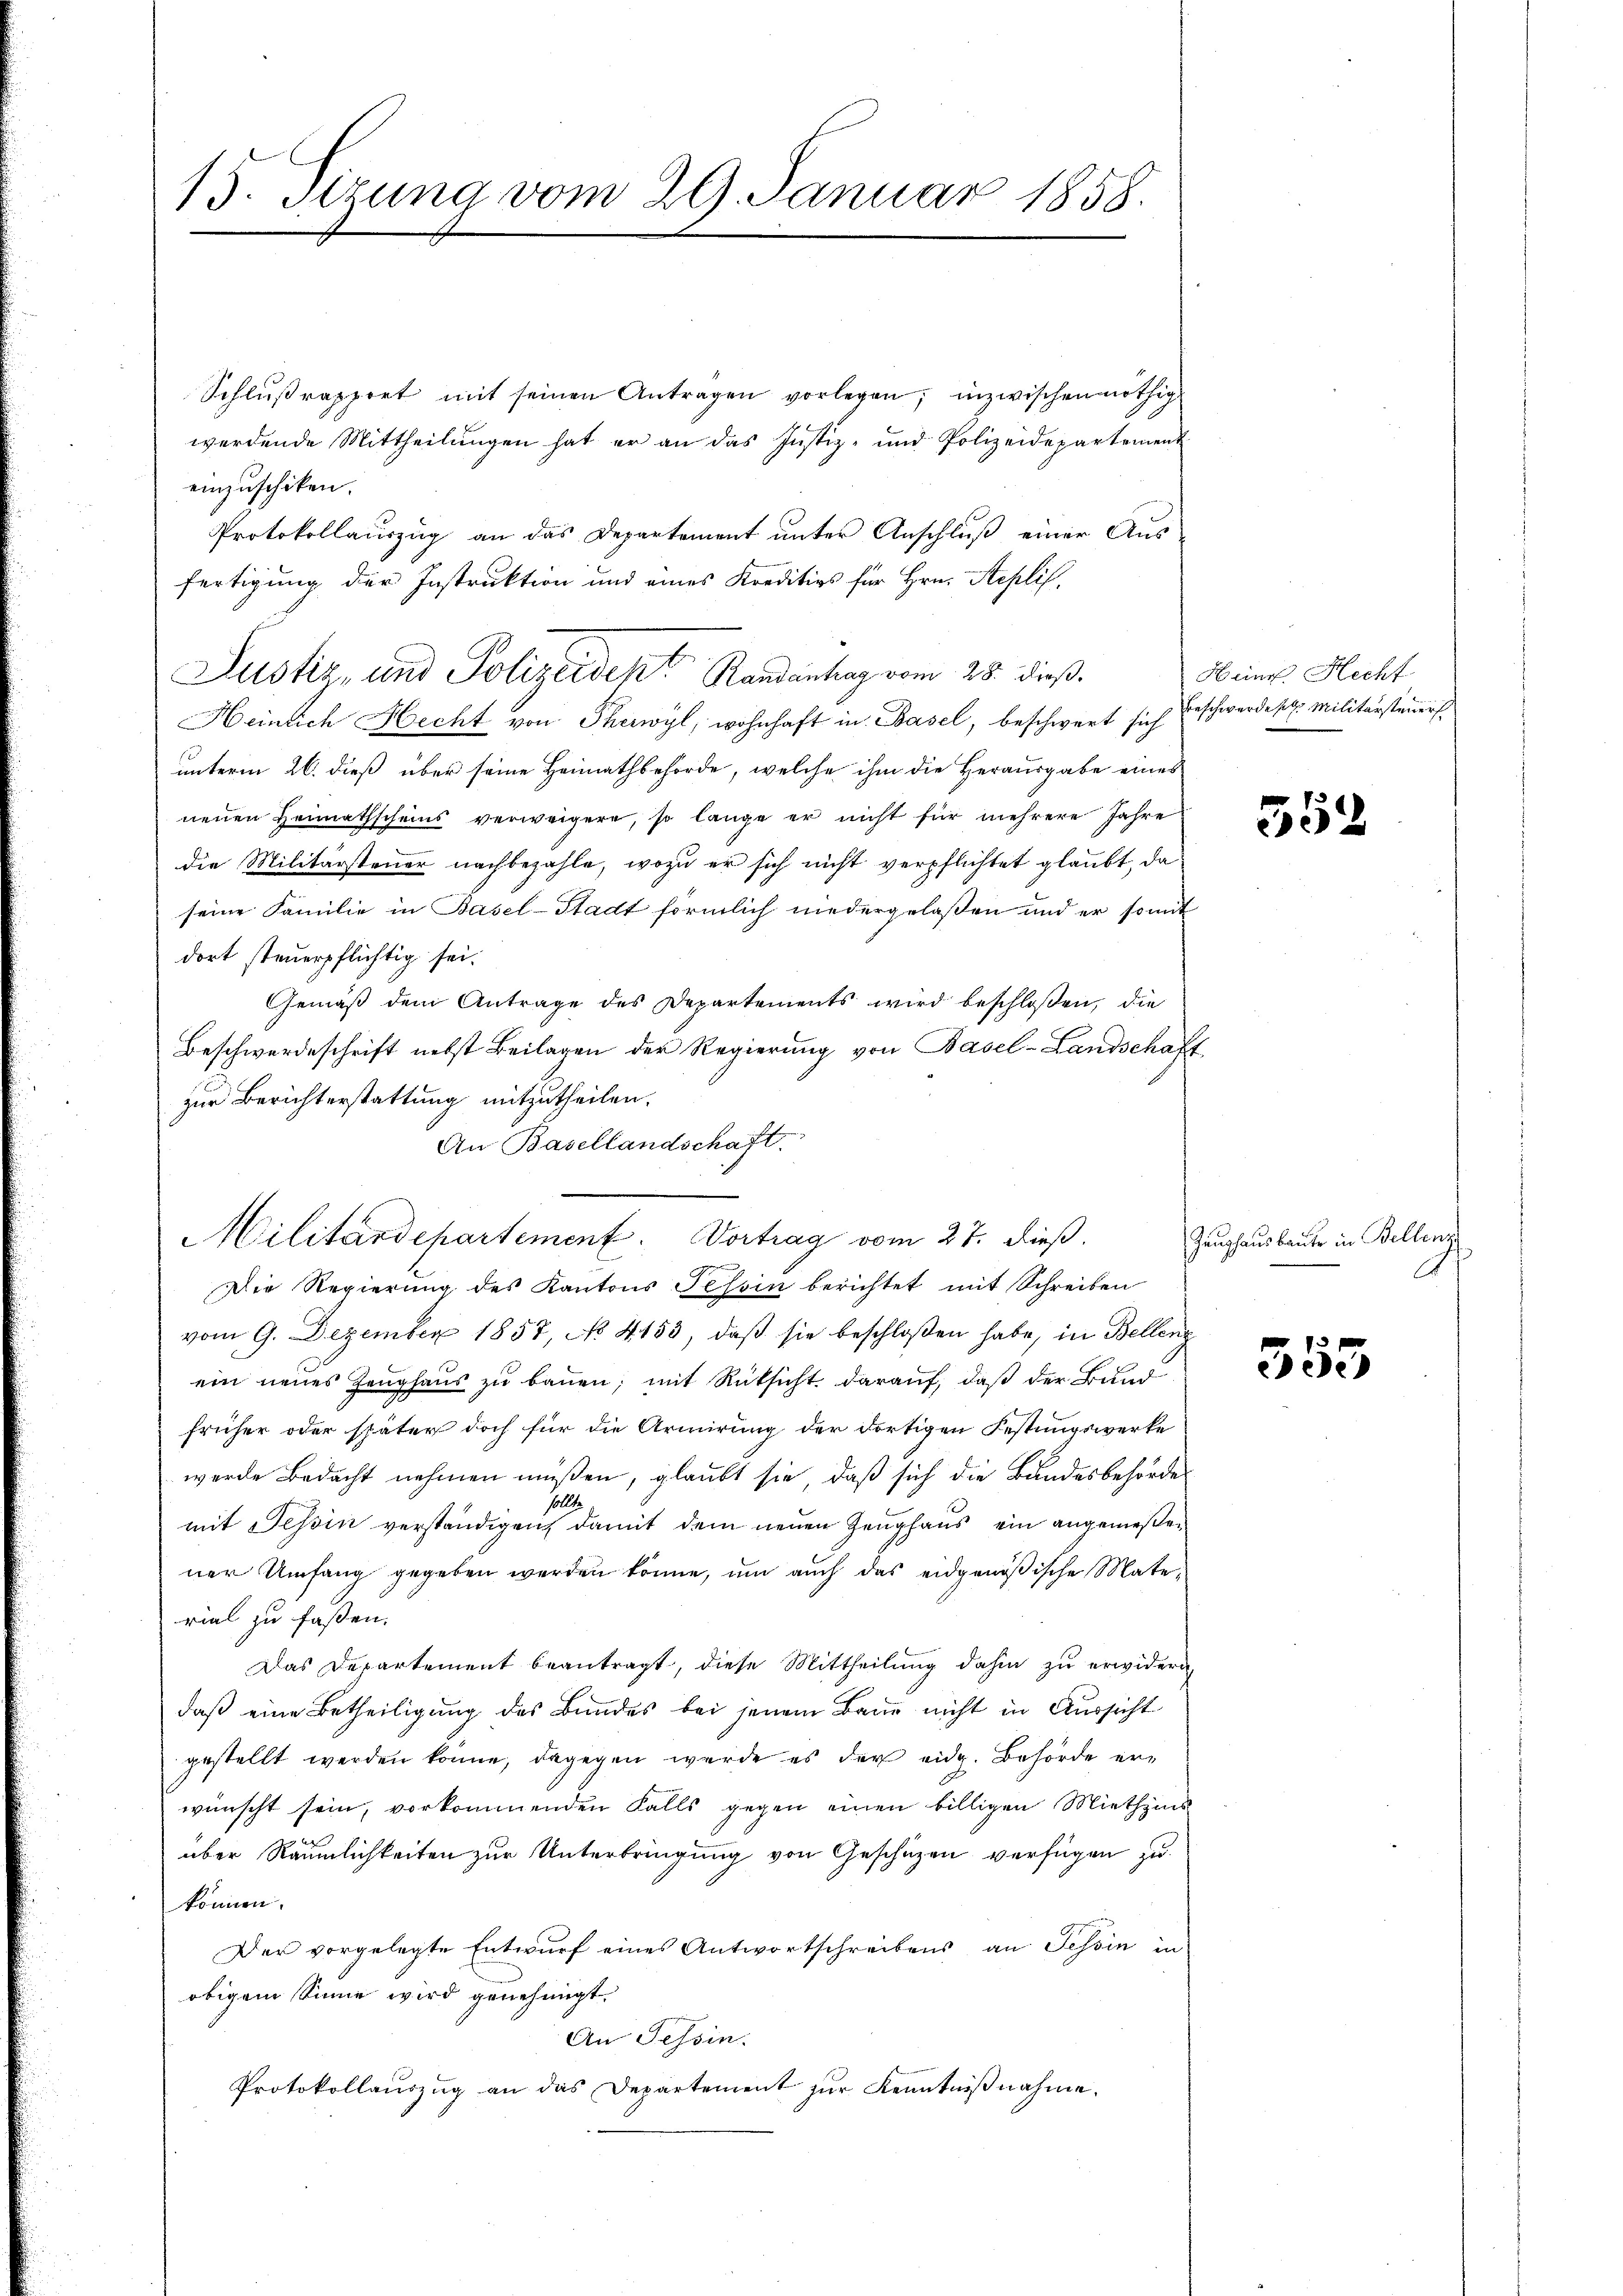
Schlŭβrapport mit seinen Antragen vorlegen; inzwischen nöthig
werdende Mittheilungen hat er an das Justiz- und Polizeidepartement
einzuschiken.
Protokollauszug an das Departement unter Anschluß einer Aus
fertigung der Instruktion und eines Kreditivs für Hrn. Seplis,
Justiz, und Polizeident Randantung vom 25. dieß
Heinlich Hecht von Therwyl, wohnhaft in Basel, beschwert sich Beschwerde sel. Militärsteuer
unterm 26. dieß über seine Heimathbehörde, welche ihm die Herausgabe eines
nenen Heimathscheins verweigere, so lange er nicht für mehrere Jahre
die Militärsteuer nachbezahle, wozu er sich nicht verpflichtet glaubt, da
seine Familie in Basel-Stadt förmlich niedergelaßen und er somit
dort steuerpflichtig sei.
Gemäß dem Antrage des Departements wird beschloßen, die
Beschwerdeschrift nebst Beilagen der Regierung von Basel-Landschaff
zur Berichterstattung mitzutheilen.
An Basellandschaft.
Die Regierung des Kantons Tessin berichtet mit Schreiben
vom 9. Dezember 1857, No 4153, daβ sie beschloßen habe, in Bellenz
ein neues Zeughaus zu bauen; mit Rücksicht darauf, daß der Bund
früher oder später doch für die Armirung der dortigen Festungswerke
werde Bedacht nehmen müßen, glaubt sie, daß sich die Bundesbehörde
sollte
mit Tessin verständigen, damit dem neuen Zeughaus ein angemeßener Umfang gegeben werden könne, um auch das eidgenößische Material zu faßen.
Das Departement beantragt, diese Mittheilung dahin zu erwidern,
daß eine Betheiligung des Bundes bei jenem Baue nicht in Aussicht
gestellt werden könne, dagegen werde es der eidg. Behörde erwünscht sein, vorkommenden Falls gegen einen billigen Miethzins
über Räumlichkeiten zur Unterbringung von Geschäzen verfügen zu
können.
Der vorgelegte Entwurf eines Antwortschreibens an Tessin in
obigem Sinne wird genehmigt.
An Tessin.
Protokollauszug an das Departement zur Kenntnißnahme.

15. Sizung vom 29. Januar 1858.

Militärdepartement. Vortrag vom 27. dieß.

Heinr. Hecht

552

Zeughausbaute in Bellenz

355